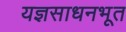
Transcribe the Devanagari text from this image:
यज्ञसाधनभूत